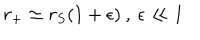
r _ { + } \simeq r _ { S } ( 1 + \epsilon ) \: , \: \epsilon \ll 1